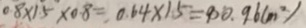
0 . 8 \times 1 5 \times 0 . 8 = 0 . 6 4 \times 1 5 = 9 0 0 . 9 6 ( m ^ { 2 } )